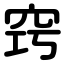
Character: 窍